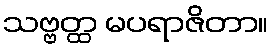
သဗ္ဗတ္ထ မပရာဇိတာ။